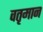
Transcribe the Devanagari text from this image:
वतृमान